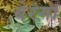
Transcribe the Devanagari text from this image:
बेरंगा